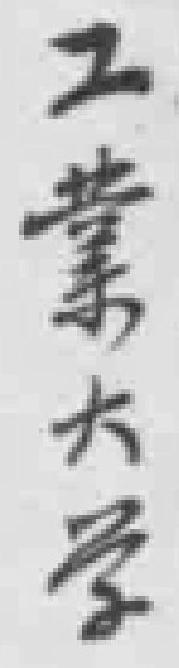
工業大学